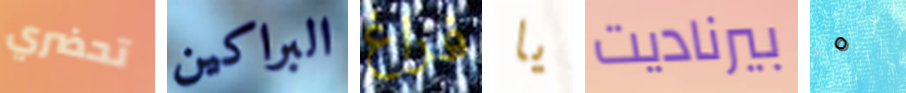
تحضري البراكين فراغ يا بيرناديت ٥